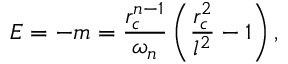
E = - m = \frac { r _ { c } ^ { n - 1 } } { \omega _ { n } } \left( \frac { r _ { c } ^ { 2 } } { l ^ { 2 } } - 1 \right) ,